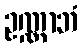
ဥဏ္ဏာဘံ